Vaccination North-Western Provinces 1866-1877 - 1866-1877
Year: 1866
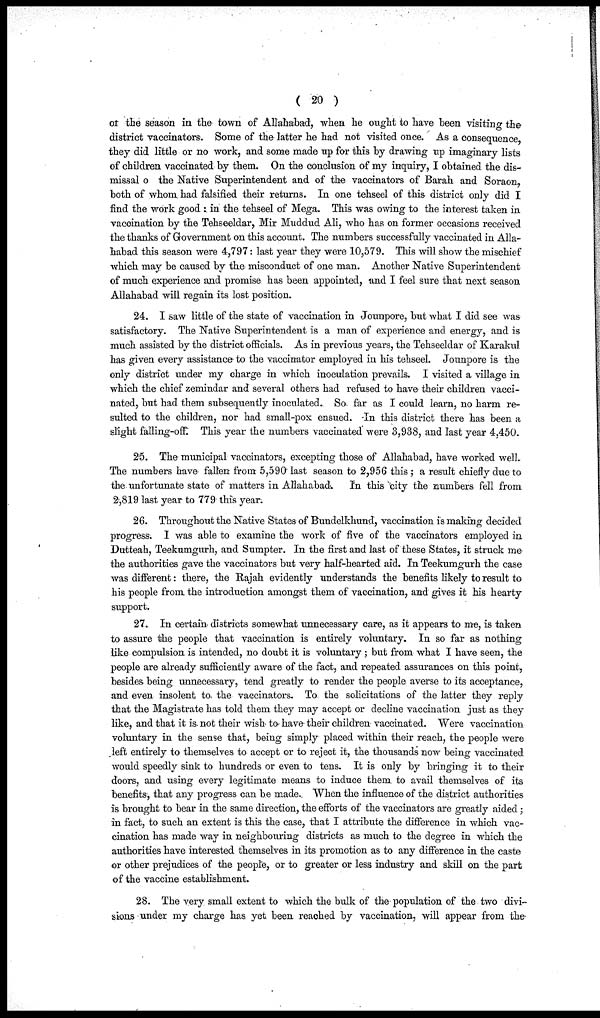
( 20 )
of the season in the town of Allahabad, when he ought to have been visiting the
district vaccinators. Some of the latter he had not visited once. As a consequence,
they did little or no work, and some made up for this by drawing up imaginary lists
of children vaccinated by them. On the conclusion of my inquiry, I obtained the dis-
missal o the Native Superintendent and of the vaccinators of Barah and Soraon,
both of whom had falsified their returns. In one tehseel of this district only did I
find the work good : in the tehseel of Mega. This was owing to the interest taken in
vaccination by the Tehseeldar, Mir Muddud Ali, who has on former occasions received
the thanks of Government on this account. The numbers successfully vaccinated in Alla-
habad this season were 4,797: last year they were 10,579. This will show the mischief
which may be caused by the misconduct of one man. Another Native Superintendent
of much experience and promise has been appointed, and I feel sure that next season
Allahabad will regain its lost position.
24. I saw little of the state of vaccination in Jounpore, but what I did see was
satisfactory. The Native Superintendent is a man of experience and energy, and is
much assisted by the district officials. As in previous years, the Tehseeldar of Karakul
has given every assistance to the vaccinator employed in his tehseel. Jounpore is the
only district under my charge in which inoculation prevails. I visited a village in
which the chief zemindar and several others had refused to have their children vacci-
nated, but had them subsequently inoculated. So far as I could learn, no harm re-
sulted to the children, nor had small-pox ensued. In this district there has been a
slight falling-off. This year the numbers vaccinated were 3,938, and last year 4,450.
25. The municipal vaccinators, excepting those of Allahabad, have worked well.
The numbers have fallen from 5,590 last season to 2,956 this ; a result chiefly due to
the unfortunate state of matters in Allahabad. In this city the numbers fell from
2,819 last year to 779 this year.
26. Throughout the Native States of Bundelkhund, vaccination is making decided
progress I was able to examine the work of five of the vaccinators employed in
Dutteah, Teekumgurh, and Sumpter. In the first and last of these States, it struck me
the authorities gave the vaccinators but very half-hearted aid. In Teekumgurh the case
was different: there, the Rajah evidently understands the benefits likely to result to
his people from the introduction amongst them of vaccination, and gives it his hearty
support.
27. In certain districts somewhat unnecessary care, as it appears to me, is taken
to assure the people that vaccination is entirely voluntary. In so far as nothing
like compulsion is intended, no doubt it is voluntary ; but from what I have seen, the
people are already sufficiently aware of the fact, and repeated assurances on this point,
besides being unnecessary, tend greatly to render the people averse to its acceptance,
and even insolent to, the vaccinators. To the solicitations of the latter they reply
that the Magistrate has told them they may accept or decline vaccination just as they
like, and that it is not their wish to have their children vaccinated. Were vaccination
voluntary in the sense that, being simply placed within their reach, the people were
left entirely to themselves to accept or to reject it, the thousands now being vaccinated
would speedly sink to hundreds or even to tens. It is only by bringing it to their
doors, and using every legitimate means to induce them to avail themselves of its
benefits, that any progress can be made. When the influence of the district authorities
is brought to bear in the same direction, the efforts of the vaccinators are greatly aided;
in fact, to such an extent is this the case, that I attribute the difference in which vac-
cination has made way in neighbouring districts as much to the degree in which the
authorities have interested themselves in its promotion as to any difference in the caste
or other prejudices of the people, or to greater or less industry and skill on the part
of the vaccine establishment.
28. The very small extent to which the bulk of the population of the two divi-
sions under my charge has yet been reached by vaccination, will appear from the